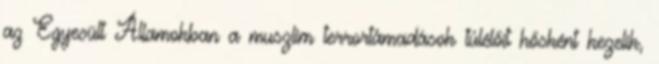
az Egyesült Államokban a muszlim terrortámadások túlélőit hősként kezelik,